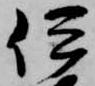
伊